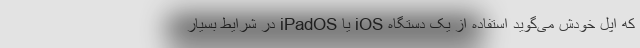
که اپل خودش می‌گوید استفاده از یک دستگاه iOS یا iPadOS در شرایط بسیار